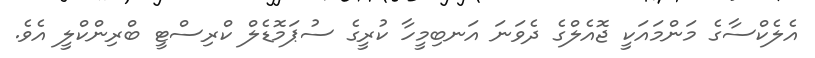
އެލެކްސާގެ މަންމައަކީ ޖޮއެލްގެ ދެވަނަ އަނބިމީހާ ކުރީގެ ސުޕަމޮޑެލް ކްރިސްޓީ ބްރިންކްލީ އެވެ.